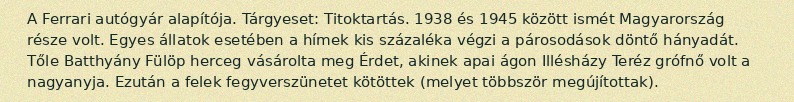
A Ferrari autógyár alapítója. Tárgyeset: Titoktartás. 1938 és 1945 között ismét Magyarország része volt. Egyes állatok esetében a hímek kis százaléka végzi a párosodások döntő hányadát. Tőle Batthyány Fülöp herceg vásárolta meg Érdet, akinek apai ágon Illésházy Teréz grófnő volt a nagyanyja. Ezután a felek fegyverszünetet kötöttek (melyet többször megújítottak).